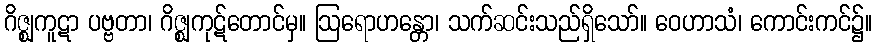
ဂိဇ္ဈကူဋာ ပဗ္ဗတာ၊ ဂိဇ္ဈကုဋ်တောင်မှ။ ဩရောဟန္တော၊ သက်ဆင်းသည်ရှိသော်။ ဝေဟာသံ၊ ကောင်းကင်၌။